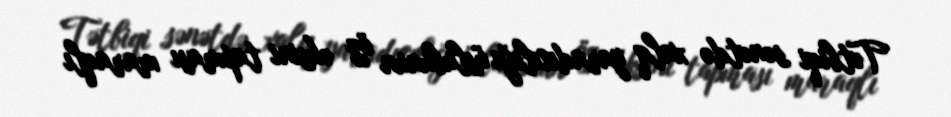
Tətbiqi sənətdə xalq yaradıcılığı üslubunun öz əksini tapması maraqlı